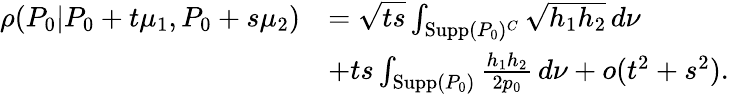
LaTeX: \begin{array}{rl}{\rho(P_{0}|P_{0}+t\mu_{1},P_{0}+s\mu_{2})}&{=\sqrt{ts}\int_{\mathrm{Supp}(P_{0})^{C}}\sqrt{h_{1}h_{2}}\, d\nu}\\ &{+ts\int_{\mathrm{Supp}(P_{0})}\frac{h_{1}h_{2}}{2p_{0}}\, d\nu+o(t^{2}+s^{2}).}\end{array}